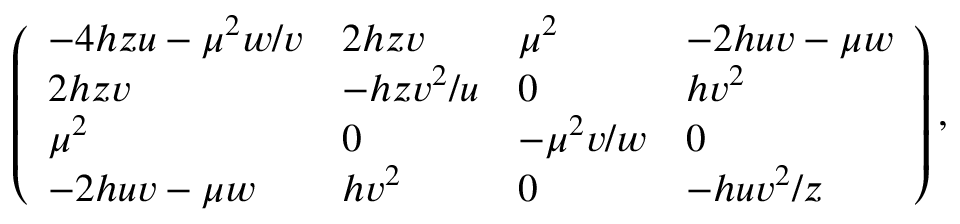
\left( \begin{array} { l l l l } { { - 4 h z u - \mu ^ { 2 } w / v } } & { { 2 h z v } } & { { \mu ^ { 2 } } } & { { - 2 h u v - \mu w } } \\ { { 2 h z v } } & { { - h z v ^ { 2 } / u } } & { { 0 } } & { { h v ^ { 2 } } } \\ { { \mu ^ { 2 } } } & { { 0 } } & { { - \mu ^ { 2 } v / w } } & { { 0 } } \\ { { - 2 h u v - \mu w } } & { { h v ^ { 2 } } } & { { 0 } } & { { - h u v ^ { 2 } / z } } \end{array} \right) ,